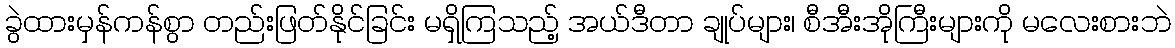
ခွဲထားမှန်ကန်စွာ တည်းဖြတ်နိုင်ခြင်း မရှိကြသည့် အယ်ဒီတာ ချုပ်များ၊ စီအီးအိုကြီးများကို မလေးစားဘဲ